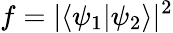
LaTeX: f=|\langle\psi_{1}|\psi_{2}\rangle|^{2}